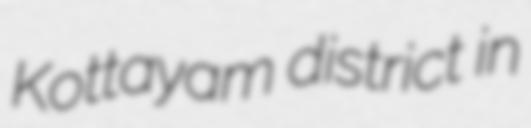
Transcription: Kottayam district in